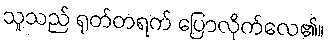
သူသည် ရုတ်တရက် ပြောလိုက်လေ၏။